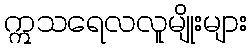
ဣသရေလလူမျိုးများ